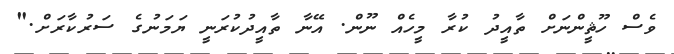
ވެސް ހޫޘީންނަށް ތާއީދު ކުރާ މީހެއް ނޫން. އޭނާ ތާއީދުކުރަނީ ޔަމަނުގެ ސަރުކާރަށް."